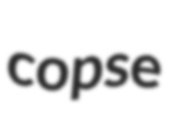
copse